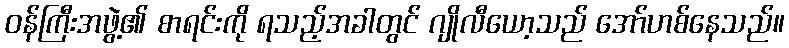
ဝန်ကြီးအဖွဲ့၏ စာရင်းကို ရသည့်အခါတွင် ဂျိုလီယော့သည် အော်ဟစ်နေသည်။